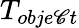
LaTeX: T_{obje\mathscr{C}t}